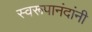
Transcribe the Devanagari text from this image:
स्वरूपानंदांनी